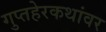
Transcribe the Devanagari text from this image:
गुप्तहेरकथांवर